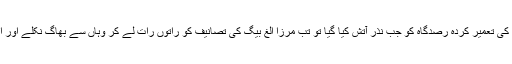
عہد جامی کے مشہور مسلم ماہرین فلکیات میں سے ایک ہیں اور سلطان مرزا الغ بیگ کی تعمیر کردہ رصدگاہ کو جب نذر آتش کیا گیا تو تب مرزا الغ بیگ کی تصانیف کو راتوں رات لے کر وہاں سے بھاگ نکلے اور اِس طرح سلطان مرزا الغ بیگ کی فلکیات پر مبنی تحقیقات و تصانیف محفوظ رہ پائیں۔